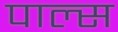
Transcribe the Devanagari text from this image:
पाल्स